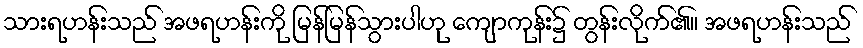
သားရဟန်းသည် အဖရဟန်းကို မြန်မြန်သွားပါဟု ကျောကုန်း၌ တွန်းလိုက်၏။ အဖရဟန်းသည်